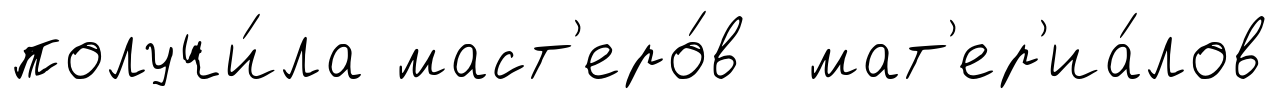
получи́ла маст'еро́в мат'ер'иа́лов